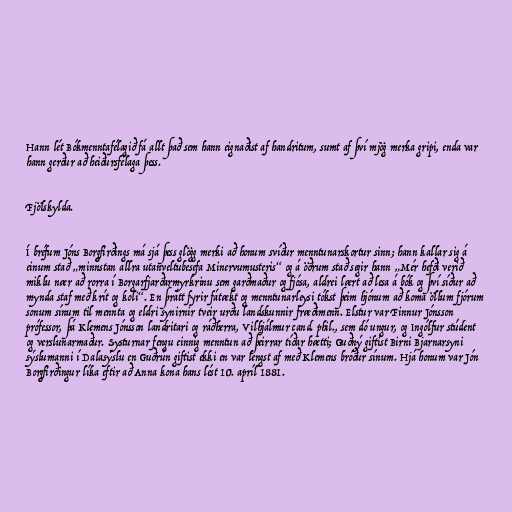
Hann lét Bókmenntafélagið fá allt það sem hann eignaðist af handritum, sumt af því mjög merka gripi, enda var
hann gerður að heiðursfélaga þess.

Fjölskylda.

Í bréfum Jóns Borgfirðings má sjá þess glögg merki að honum svíður menntunarskortur sinn; hann kallar sig á
einum stað „minnstan allra utanveltubesefa Minervumusteris“ og á öðrum stað segir hann „Mér hefði verið
miklu nær að rorra í Borgarfjarðarmyrkrinu sem garðmaður og fjósa, aldrei lært að lesa á bók og því síður að
mynda staf með krít og koli“. En þrátt fyrir fátækt og menntunarleysi tókst þeim hjónum að koma öllum fjórum
sonum sínum til mennta og eldri synirnir tveir urðu landskunnir fræðimenn. Elstur var Finnur Jónsson
prófessor, þá Klemens Jónsson landritari og ráðherra, Vilhjálmur cand. phil., sem dó ungur, og Ingólfur stúdent
og verslunarmaður. Systurnar fengu einnig menntun að þeirrar tíðar hætti; Guðný giftist Birni Bjarnarsyni
sýslumanni í Dalasýslu en Guðrún giftist ekki en var lengst af með Klemens bróður sínum. Hjá honum var Jón
Borgfirðingur líka eftir að Anna kona hans lést 10. apríl 1881.